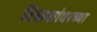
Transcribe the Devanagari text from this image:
टिळकांवरच्या